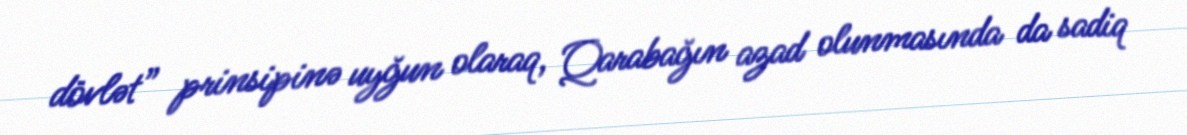
dövlət” prinsipinə uyğun olaraq, Qarabağın azad olunmasında da sadiq